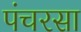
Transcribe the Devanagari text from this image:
पंचरसा